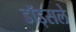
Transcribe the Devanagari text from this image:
डॉड्सले